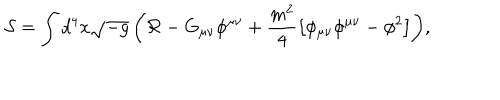
LaTeX: { \mathcal { S } } = \int { d ^ { 4 } x \sqrt { - g } \left( { \mathcal { R } } - G _ { \mu \nu } \phi ^ { \mu \nu } + \frac { m ^ { 2 } } { 4 } \left[ \phi _ { \mu \nu } \phi ^ { \mu \nu } - \phi ^ { 2 } \right] \right) } ,